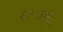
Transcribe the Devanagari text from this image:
६३२३क्यू